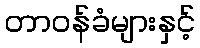
တာဝန်ခံများနှင့်